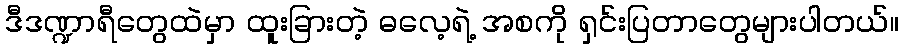
ဒီဒဏ္ဍာရီတွေထဲမှာ ထူးခြားတဲ့ ဓလေ့ရဲ့ အစကို ရှင်းပြတာတွေများပါတယ်။